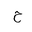
Letter: _ha